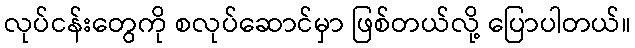
လုပ်ငန်းတွေကို စလုပ်ဆောင်မှာ ဖြစ်တယ်လို့ ပြောပါတယ်။